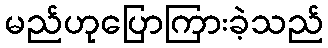
မည်ဟုပြောကြားခဲ့သည်